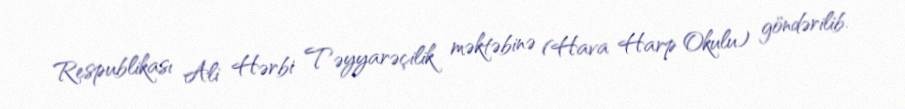
Respublikası Ali Hərbi Təyyarəçilik məktəbinə (Hava Harp Okulu) göndərilib.